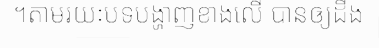
។តាមរយៈបទបង្ហាញខាងលើ បានឲ្យដឹង